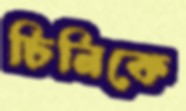
চিনিকে